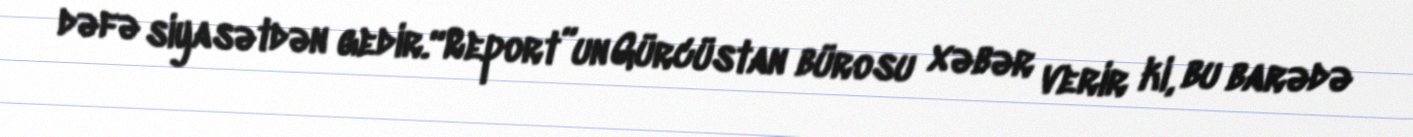
dəfə siyasətdən gedir.“Report”un Gürcüstan bürosu xəbər verir ki, bu barədə